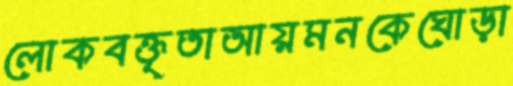
লোকবক্তৃতাআয়মনকেঘোড়া